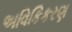
અવિકિકરણ